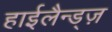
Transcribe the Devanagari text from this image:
हाईलैन्ड्ज़